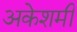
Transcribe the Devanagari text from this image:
अकेशमी